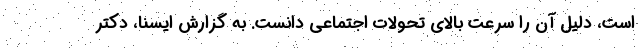
است، دلیل آن را سرعت بالای تحولات اجتماعی دانست. به گزارش ایسنا، دکتر